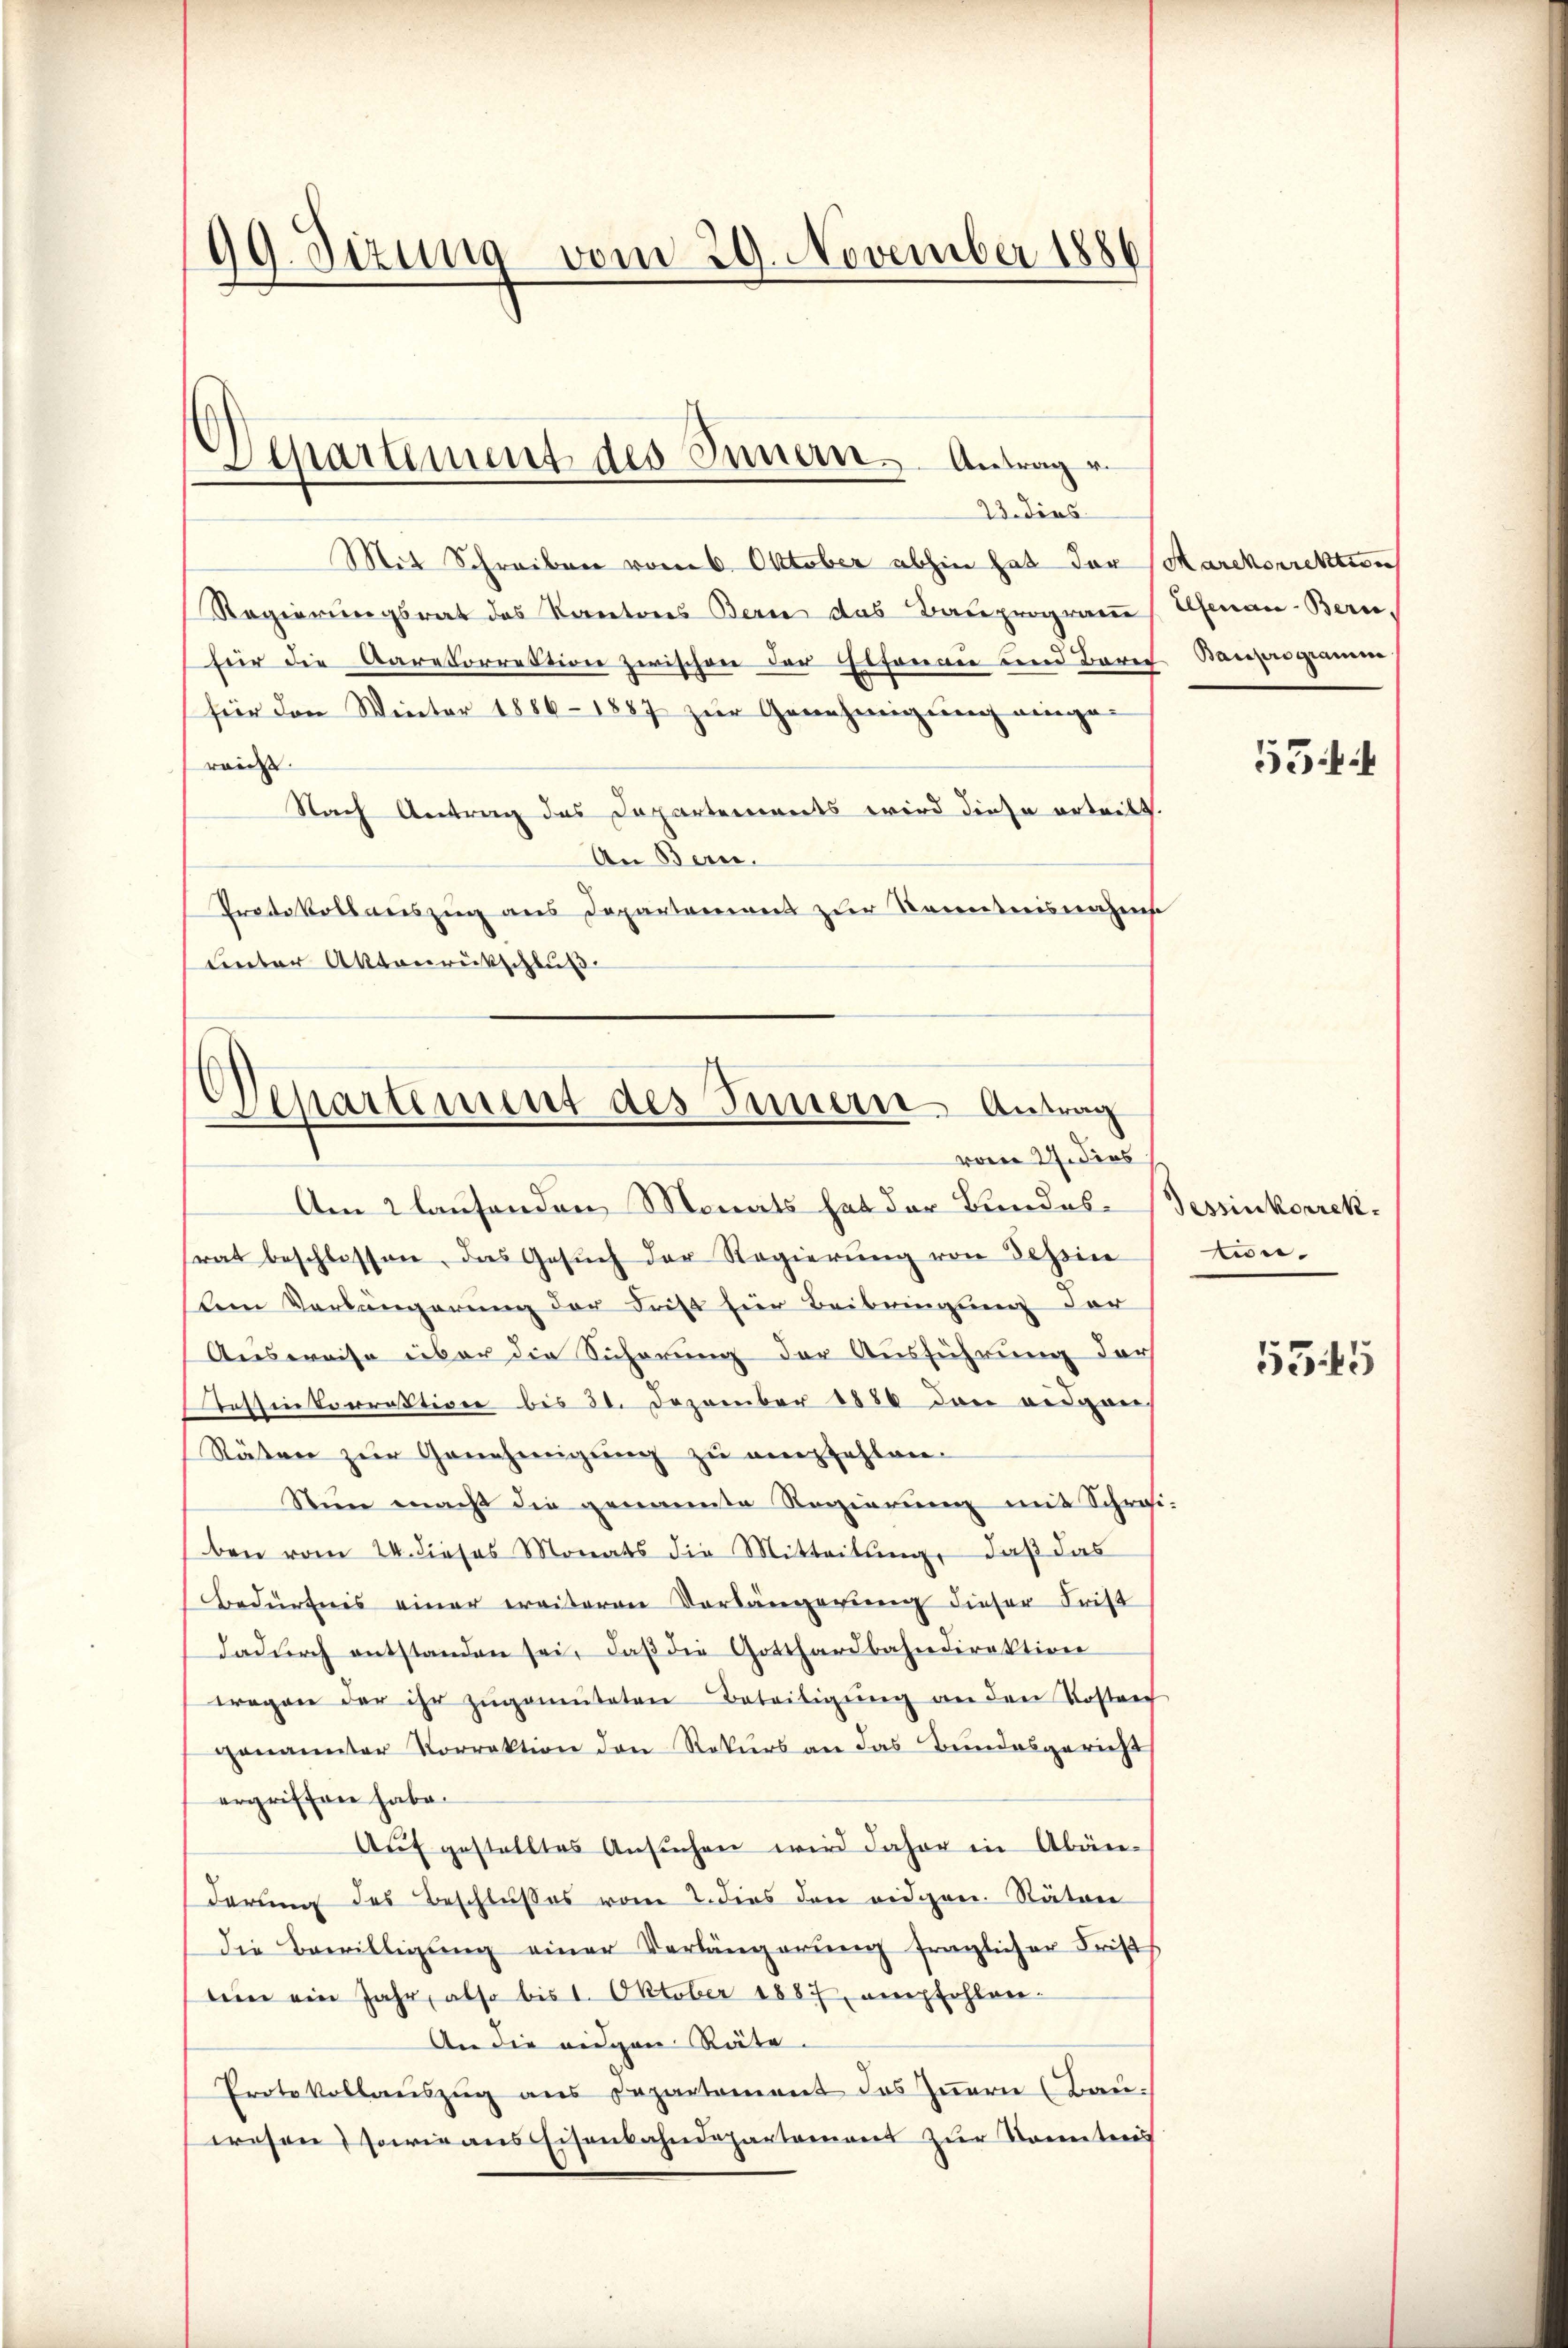
99. Sizung vom 29. November 1886

Mit Schreiben vom 6. Oktober abhin hat der Marckorrektion
Regierungsrat des Kantons Bern das Bauprogramm (Genau-Bern.
für die Aarekorrektion zwischen der Gesanne und Barei Bauprogramm
für den Winter 1886-1887 zur Genehmigŭng eingereidet |
Nach Antrag das Departements wird diese erteilt.
An Bern.
Protokollauszug aus Departamens zur Kenntnisnahmse
unter Aktenrückschluß

¬
Separtement des Innern. Antrage.
23. Dies

Departement des Innern Antrag
vom 2. dies

Am 2 laufenden Monats hat der Bundes-Bessinkorrekrat beschlossen, das Gesŭch der Regierŭng von Tessin
sten Verlängerung der Frist für Beibringung der
Ausweise über die Sicherung der Ausführung der
Jessinkorrektion bis 20. Dezember 1886 den eidgen
Stäten zŭr Genehmigŭng zu empfehlen.
Stun macht die genannte Regierung mit Schreiben vom 24. dieses Monats die Mitteilung, daß das
Bedürfnis einer weiteren Vorlängerung dieser Frist
dadŭrch entstanden sei, daβ die Gotthardbahndirektion
wregen der ihr zŭgemŭteten Beteiligŭng an den Kostrec
genannter Vorrektion den Rekurs an das Bundesgericht
ergriffen habe.
Aŭf gestelltes Ansŭchen wird daher in Abänderung des Beschlußes vom 2. dies den eidgen. Rätere
die Bewilligung einer Verlängerung fraglicher Frist
tein ein Jahr, also bis 1. Oktober 1887, empfohlen:
An die eidgen Räte.
Protokollauszug aus Departement das Innern (Bau-
wesen, sowie aus Eisenbahndepartement zur Konntens

55

ein.

5345